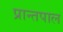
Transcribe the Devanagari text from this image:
प्रान्तपाल